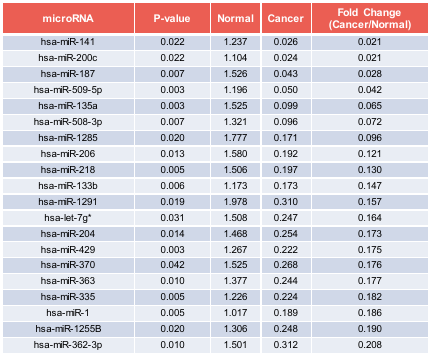
| microRNA | P-value | Normal | Cancer | Fold Change (Cancer/Normal) |
 | --- | --- | --- | --- | --- |
 | hsa-miR-141 | 0.022 | 1.237 | 0.026 | 0.021 |
 | hsa-miR-200c | 0.022 | 1.104 | 0.024 | 0.021 |
 | hsa-miR-187 | 0.007 | 1.526 | 0.043 | 0.028 |
 | hsa-miR-509-5p | 0.003 | 1.196 | 0.050 | 0.042 |
 | hsa-miR-135a | 0.003 | 1.525 | 0.099 | 0.065 |
 | hsa-miR-508-3p | 0.007 | 1.321 | 0.096 | 0.072 |
 | hsa-miR-1285 | 0.020 | 1.777 | 0.171 | 0.096 |
 | hsa-miR-206 | 0.013 | 1.580 | 0.192 | 0.121 |
 | hsa-miR-218 | 0.005 | 1.506 | 0.197 | 0.130 |
 | hsa-miR-133b | 0.006 | 1.173 | 0.173 | 0.147 |
 | hsa-miR-1291 | 0.019 | 1.978 | 0.310 | 0.157 |
 | hsa-let-7g* | 0.031 | 1.508 | 0.247 | 0.164 |
 | hsa-miR-204 | 0.014 | 1.468 | 0.254 | 0.173 |
 | hsa-miR-429 | 0.003 | 1.267 | 0.222 | 0.175 |
 | hsa-miR-370 | 0.042 | 1.525 | 0.268 | 0.176 |
 | hsa-miR-363 | 0.010 | 1.377 | 0.244 | 0.177 |
 | hsa-miR-335 | 0.005 | 1.226 | 0.224 | 0.182 |
 | hsa-miR-1 | 0.005 | 1.017 | 0.189 | 0.186 |
 | hsa-miR-1255B | 0.020 | 1.306 | 0.248 | 0.190 |
 | hsa-miR-362-3p | 0.010 | 1.501 | 0.312 | 0.208 |